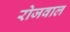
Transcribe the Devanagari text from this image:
रोजवाल